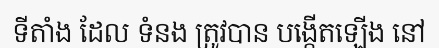
ទីតាំង ដែល ទំនង ត្រូវបាន បង្កើតឡើង នៅ